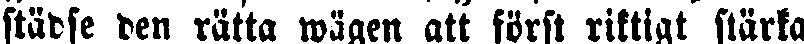
städse den rätta wägen att först riktigt stärka